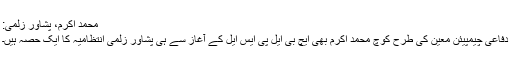
محمد اکرم، پشاور زلمی:
دفاعی چیمپیئن معین کی طرح کوچ محمد اکرم بھی ایچ بی ایل پی ایس ایل کے آغاز سے ہی پشاور زلمی انتظامیہ کا ایک حصہ ہیں۔